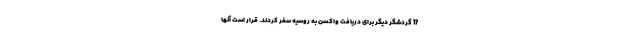
17 گردشگر دیگر برای دریافت واکسن به روسیه سفر کردند. قرار است آنها